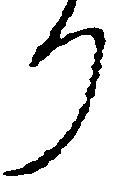
り